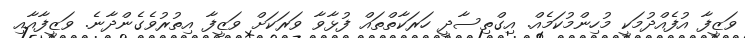
ވަޒީފާ އުފެއްދުމަކީ މުހިންމުކަމެއް. އިގްތިސާދީ ހަރަކާތްތައް ފުޅާވާ ވަރަކަށް ވަޒީފާ އިތުރުވެގެންދާނެ. ވަޒީފާއާއި